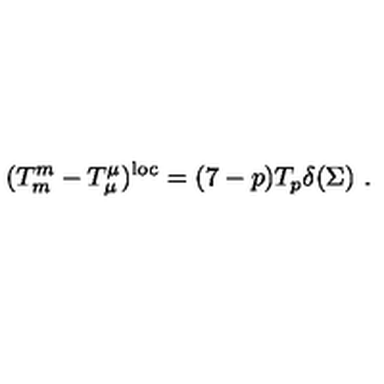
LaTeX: ( T _ { m } ^ { m } - T _ { \mu } ^ { \mu } ) ^ { \mathrm { l o c } } = ( 7 - p ) T _ { p } \delta ( \Sigma ) \ .